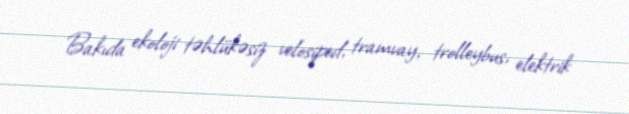
Bakıda ekoloji təhlükəsiz velosiped, tramvay, trolleybus, elektrik